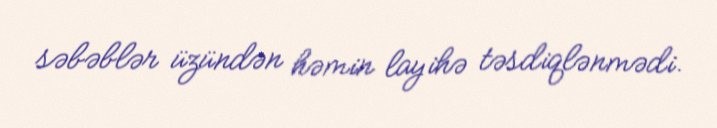
səbəblər üzündən həmin layihə təsdiqlənmədi.